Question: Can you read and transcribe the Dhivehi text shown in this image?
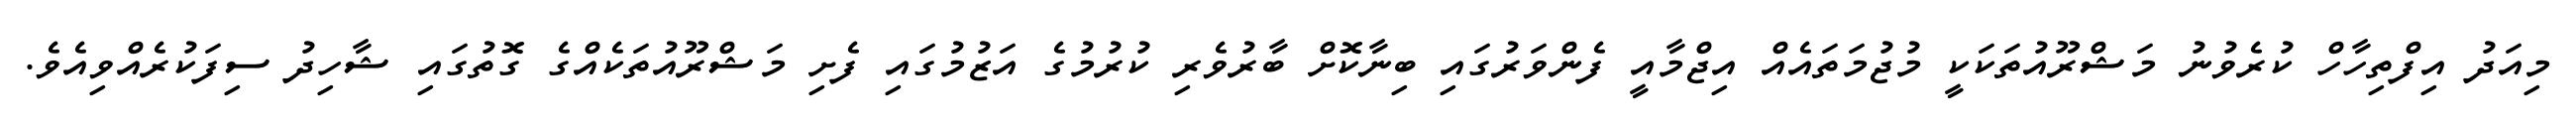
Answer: މިއަދު އިފްތިހާހް ކުރެވުނު މަޝްރޫއުތަކަކީ މުޖުމަތައެއް އިޖްމާއީ ފެންވަރުގައި ބިނާކޮށް ބާރުވެރި ކުރުމުގެ އަޒުމުގައި ފެށި މަޝްރޫއުތަކެއްގެ ގޮތުގައި ޝާހިދު ސިފަކުރެއްވިއެވެ.